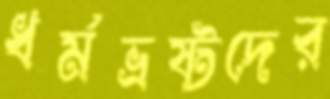
ধর্মভ্রষ্টদের